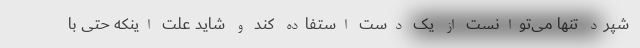
شپرد تنها می‌توانست از یک دست استفاده کند و شاید علت اینکه حتی با